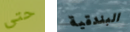
حتى البندقية